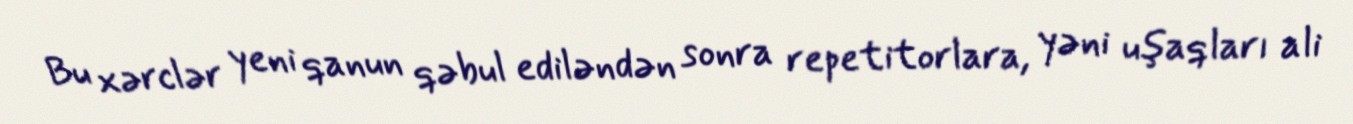
Bu xərclər yeni qanun qəbul ediləndən sonra repetitorlara, yəni uşaqları ali